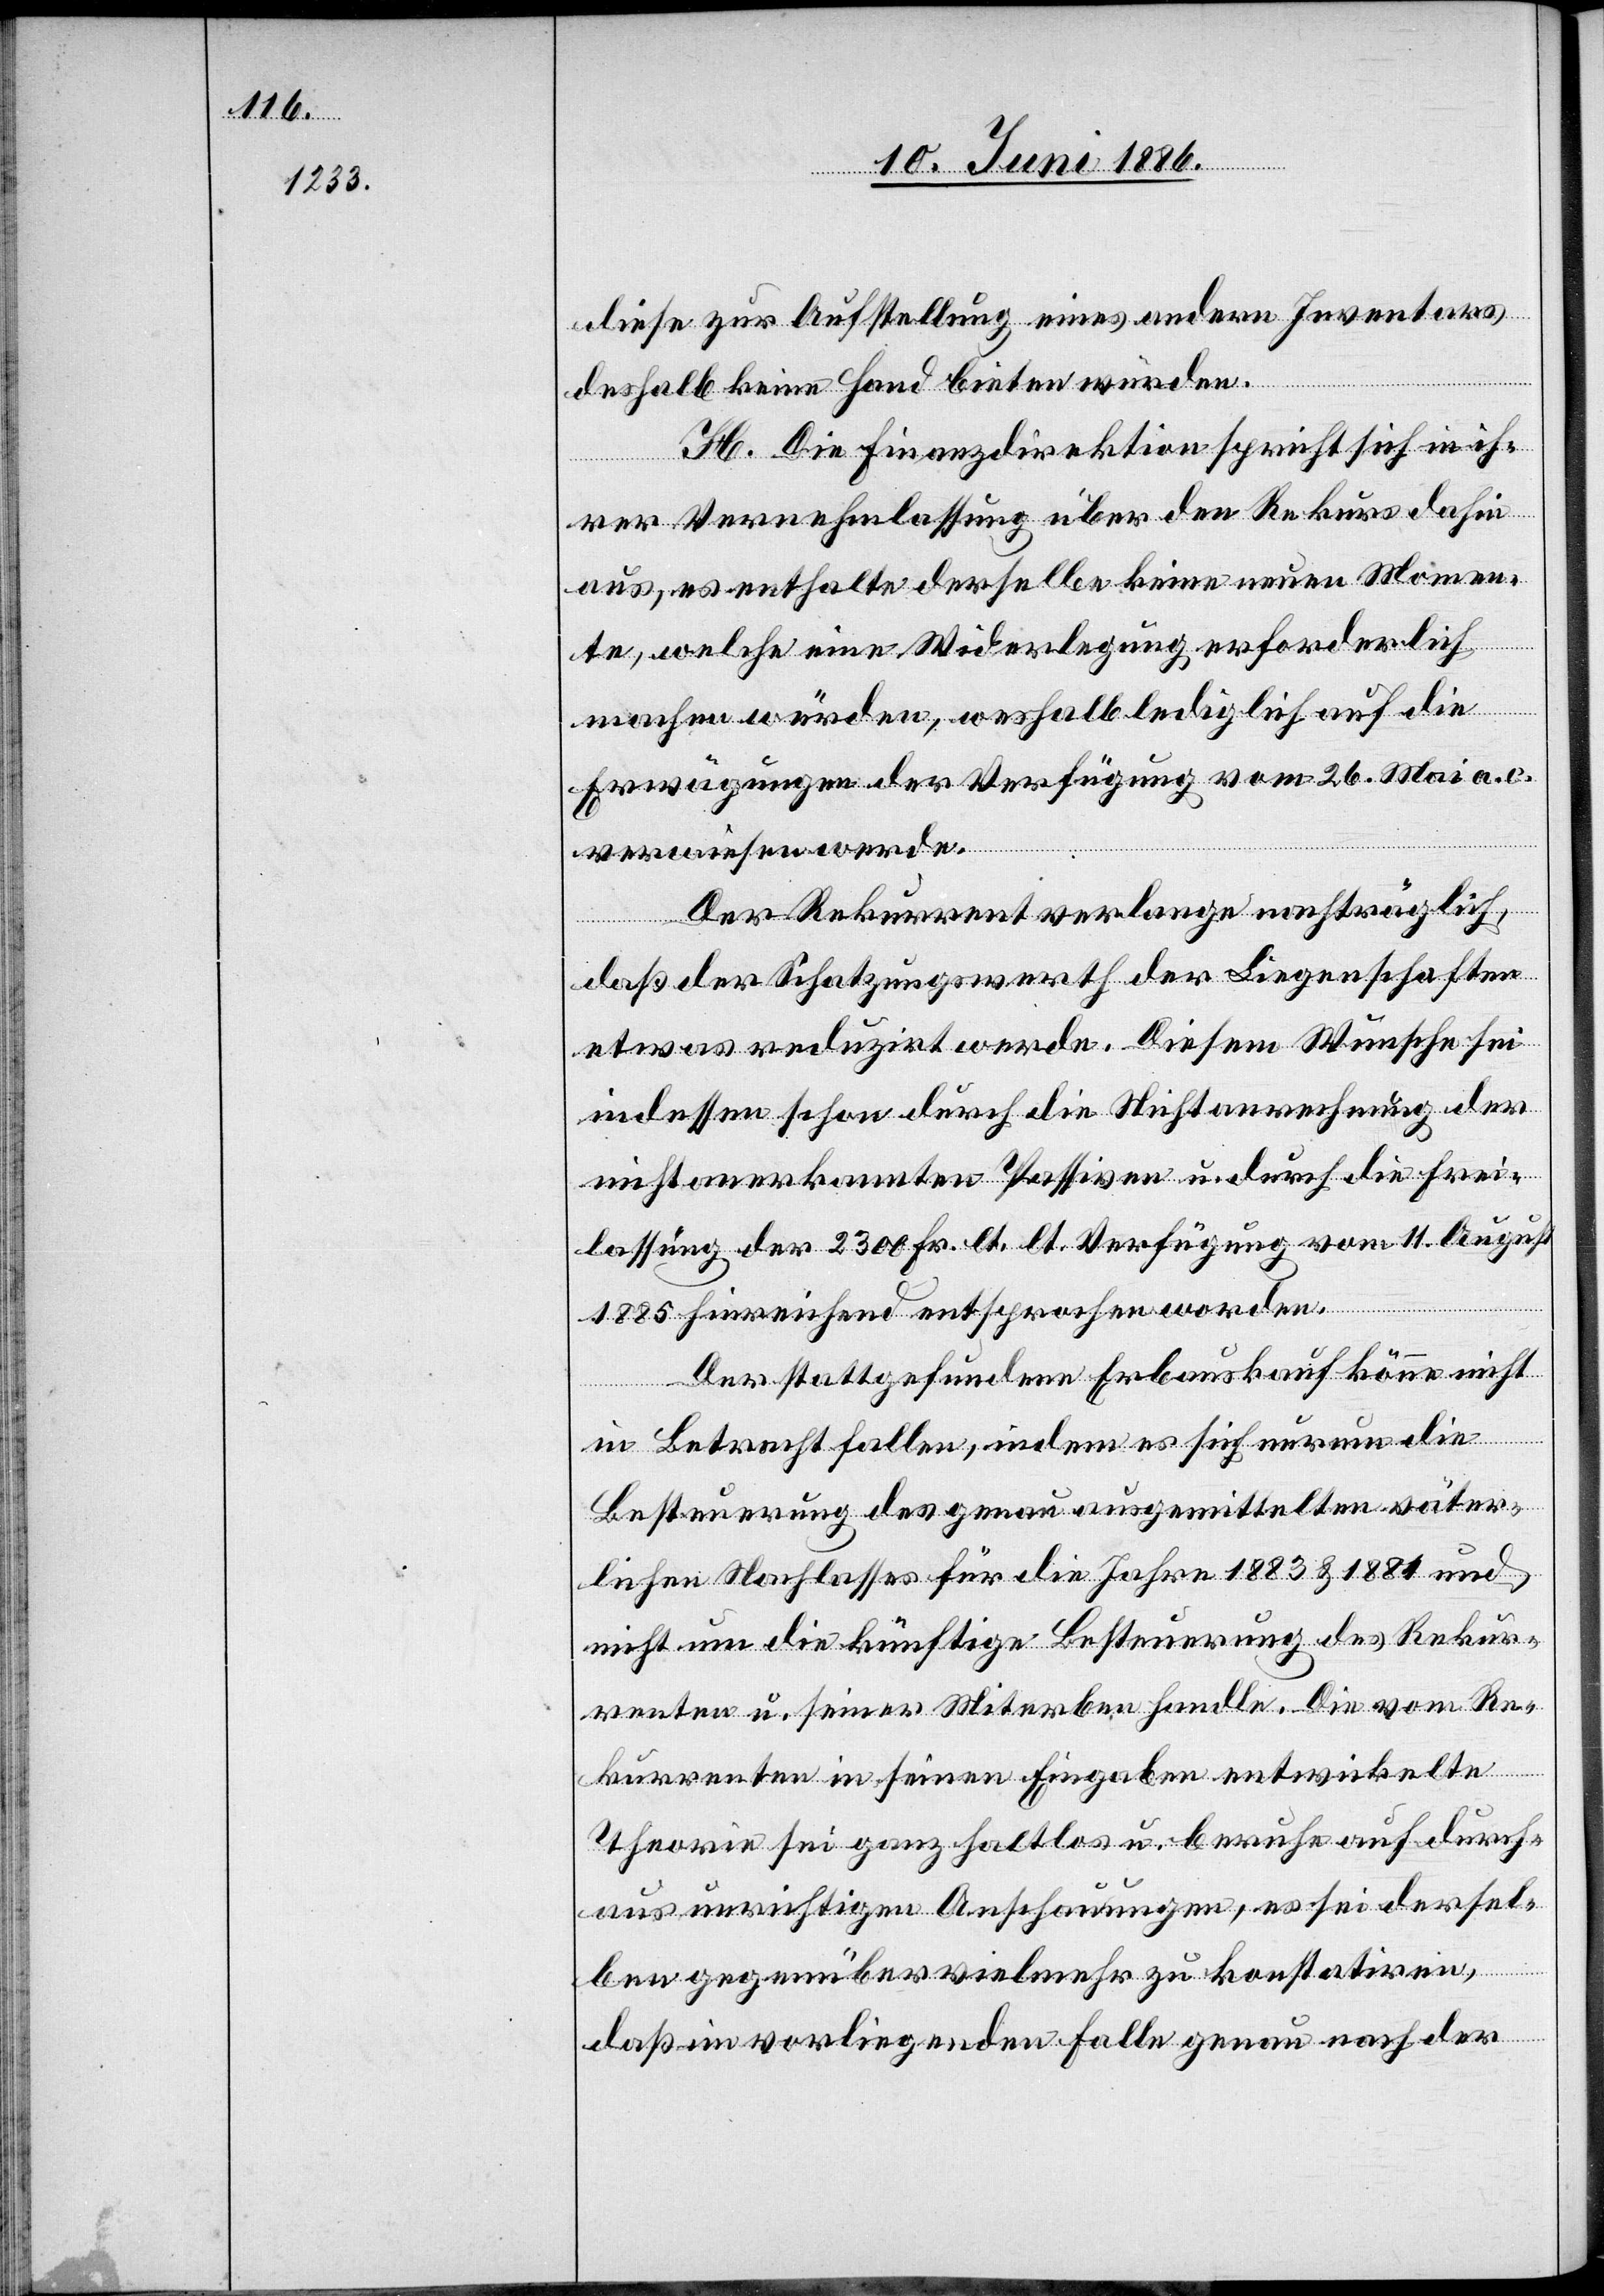
diese zur Aufstellung eines andern Inventars
deshalb keine Hand bieten würden.
H. Die Finanzdirektion spricht sich in ih¬
rer Vernehmlassung über den Rekurs dahin
aus, es enthalte derselbe keine neuen Momen¬
te, welche eine Widerlegung erforderlich
machen würden, weshalb lediglich auf die
Erwägungen der Verfügung vom 26. Mai a. c.
verwiesen werde.
Der Rekurrent verlange nachträglich,
daß der Schatzungswerth der Liegenschaften
etwas reduzirt werde. Diesem Wunsche sei
indessen schon durch die Nichtanrechnung der
nichtanerkannten Passiven u. durch die Frei¬
lassung der 2300 Fr. lt. lt. [sic!] Verfügung vom 11. August
1885 hinreichend entsprochen worden.
Der stattgefundene Erbsauskauf könne nicht
in Betracht fallen, indem es sich nur um die
Besteuerung des genau ausgemittelten väter¬
lichen Nachlasses für die Jahre 1883 & 1884 und
nicht um die künftige Besteuerung des Rekur¬
renten u. seiner Miterben handle. Die vom Re¬
kurrenten in seinen Eingaben entwickelte
Theorie sei ganz haltlos u. beruhe auf durch¬
aus unrichtigen Anschauungen, es sei dersel¬
ben gegenüber vielmehr zu konstatiren,
daß im vorliegenden Falle genau nach der